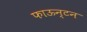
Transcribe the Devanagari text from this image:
फाऊन्टन